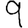
Digit: 9